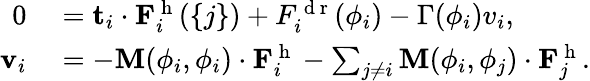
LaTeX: \begin{array}{rl}{0}&{{}=\mathbf{t}_{i}\cdot\mathbf{F}_{i}^{\mathrm{~h~}}(\left\{ j\right\} )+F_{i}^{\mathrm{~d~r~}}(\phi_{i})-\Gamma(\phi_{i})v_{i},}\\ {\mathbf{v}_{i}}&{{}=-\mathbf{M}(\phi_{i},\phi_{i})\cdot\mathbf{F}_{i}^{\mathrm{~h~}}-\sum_{j\ne i}\mathbf{M}(\phi_{i},\phi_{j})\cdot\mathbf{F}_{j}^{\mathrm{~h~}}.}\end{array}